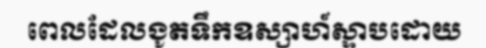
ពេលដែលងូតទឹកឧស្សាហ៍ស្ទាបដោយ